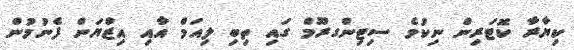
ކިޔާރާ ކޮޓަރިން ނިކުމެ ސިޓިންގރޫމް ގައި ތިބި ލިއަމް އާއި އިޒްޔަން ފެނުމުން